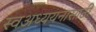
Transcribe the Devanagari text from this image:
स्वअध्ययनासाठी